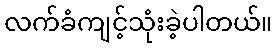
လက်ခံကျင့်သုံးခဲ့ပါတယ်။